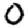
Digit: 0